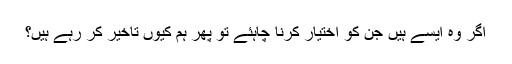
اگر وہ ایسے ہیں جن کو اختیار کرنا چاہئے تو پھر ہم کیوں تاخیر کر رہے ہیں؟